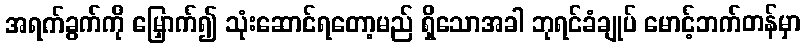
အရက်ခွက်ကို မြှောက်၍ သုံးဆောင်ရတော့မည် ရှိသောအခါ ဘုရင်ခံချုပ် မောင့်ဘက်တန်မှာ